Scottish Education Department, 1921
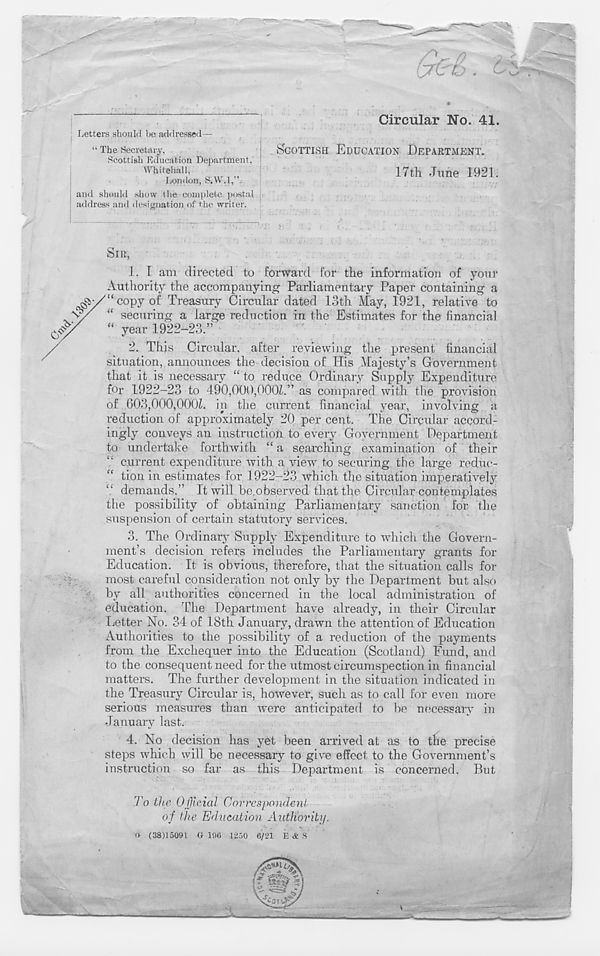
-f-'-'jSt
Letters should be addressed—
“ The Secretary,
Scottish Education Department,'
Whitehall,
London, S-.VV.l,”
and should show the complete postal
address and designation of the writer.
SCOTTISH EDUCATION DEPARTMENT.
17th June 1921.
SIR,
1. I am directed to forward for the information of your
Authority the accompanying Parliamentary Paper containing a
^v/“copy of Treasury Circular dated 13th May, 1921, relative to
V/ “ securing a large reduction in the Estimates for the financial
“ year 1922-23.”
2. This Circular, after reviewing the present financial
situation, announces the decision of His Majesty’s Government
that it is necessary “ to reduce Ordinary Supply Expenditure
for 1922-23 to 490,000,900/.” as compared with the provision
of 603,000,000/. in the current financial year, involving a
reduction of approximately 20 per cent. The Circular accord-
ingly conveys an instruction to every Government Department
to undertake forthwith “ a searching examination of their
current expenditure with a view to securing the large reduc-
tion in estimates for 1922-23 which the situation imperatively
demands.” ft will he.observed that the Circular contemplates
the possibility of obtaining Parliamentary sanction for the
suspension of certain statutory services.
3. The Ordinary Supply Expenditure to which the Govern-
ment’s decision refers includes the Parliamentary grants for
Education. It is obvious, therefore, that the situation calls for
most careful consideration not only by the Department but also
by all authorities concerned in the local administration of
education. The Department have already, in their Circular
Letter No. 34 of 18th January, drawn the attention of Education
Authorities to the possibility of a reduction of the payments
from the Exchequer into the Education (Scotland) Fund, and
to the consequent need for the utmost circumspection in financial
matters. The further development in the situation indicated in
the Treasury Circular is, however, such as to call for even more
serious measures than were anticipated to be necessary in
January last.
4. No decision has yet been arrived at as to the precise
steps which will be necessary to give effect to the Government’s
instruction so far as this Department is concerned. But
To the Official Correspondent
of the Education Authority.
<» (38)15091 G 19(1 1250 6/21 E <fc S